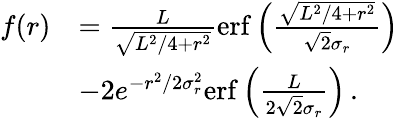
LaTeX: \begin{array}{rl}{f(r)}&{=\frac{L}{\sqrt{L^{2}/4+r^{2}}}\mathrm{erf}\left(\frac{\sqrt{L^{2}/4+r^{2}}}{\sqrt{2}\sigma_{r}}\right)}\\ &{-2e^{-r^{2}/2\sigma_{r}^{2}}\mathrm{erf}\left(\frac{L}{2\sqrt{2}\sigma_{r}}\right)\, .}\end{array}